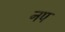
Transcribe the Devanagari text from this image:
नप